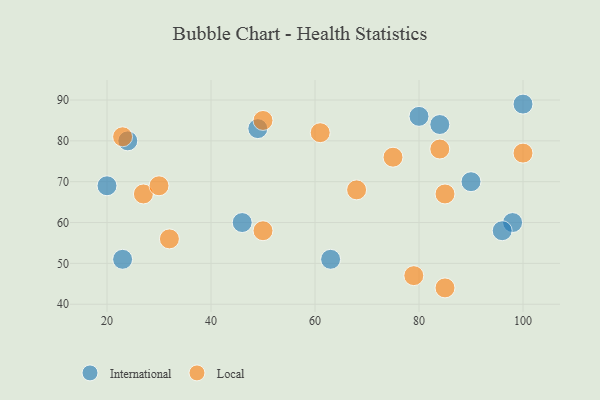
{"axis": {"x": "GDP", "y": "Life Expectancy"}, "legend": ["International", "Local"], "data": [{"x": "49", "y": 83, "type": "International"}, {"x": "80", "y": 86, "type": "International"}, {"x": "90", "y": 70, "type": "International"}, {"x": "84", "y": 84, "type": "International"}, {"x": "98", "y": 60, "type": "International"}, {"x": "24", "y": 80, "type": "International"}, {"x": "63", "y": 51, "type": "International"}, {"x": "23", "y": 51, "type": "International"}, {"x": "100", "y": 89, "type": "International"}, {"x": "20", "y": 69, "type": "International"}, {"x": "96", "y": 58, "type": "International"}, {"x": "46", "y": 60, "type": "International"}, {"x": "27", "y": 67, "type": "Local"}, {"x": "79", "y": 47, "type": "Local"}, {"x": "50", "y": 85, "type": "Local"}, {"x": "85", "y": 67, "type": "Local"}, {"x": "100", "y": 77, "type": "Local"}, {"x": "85", "y": 44, "type": "Local"}, {"x": "84", "y": 78, "type": "Local"}, {"x": "30", "y": 69, "type": "Local"}, {"x": "61", "y": 82, "type": "Local"}, {"x": "68", "y": 68, "type": "Local"}, {"x": "50", "y": 58, "type": "Local"}, {"x": "75", "y": 76, "type": "Local"}, {"x": "32", "y": 56, "type": "Local"}, {"x": "23", "y": 81, "type": "Local"}]}